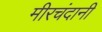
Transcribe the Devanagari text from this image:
मीरचंदानी